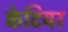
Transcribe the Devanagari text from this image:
केटियर